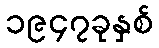
၁၉၄၇ခုနှစ်